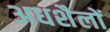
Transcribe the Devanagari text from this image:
अधशैलों